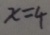
x = 4